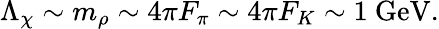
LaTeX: \Lambda_{\chi}\sim m_{\rho}\sim 4\pi{F_{\pi}}\sim 4\pi{F_{K}}\sim 1\mathrm{~GeV}.